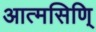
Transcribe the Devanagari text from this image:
आत्मसिणि्